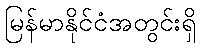
မြန်မာနိုင်ငံအတွင်းရှိ